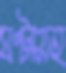
ঘণ্টাসহ